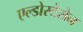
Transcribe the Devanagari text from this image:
एल्डोस्टेरोन